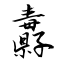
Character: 纛